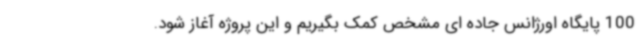
100 پایگاه اورژانس جاده ای مشخص کمک بگیریم و این پروژه آغاز شود.